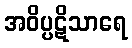
အဝိပ္ပဋိသာရေ